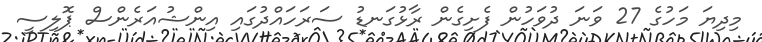
މިދިޔަ މަހުގެ 27 ވަނަ ދުވަހުން ފެށިގެން ރާޅުގަނޑު ސަރަހައްދުގައި އިންޝުއަރެންސް ޕޮލިސީ